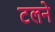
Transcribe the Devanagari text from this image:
टलने